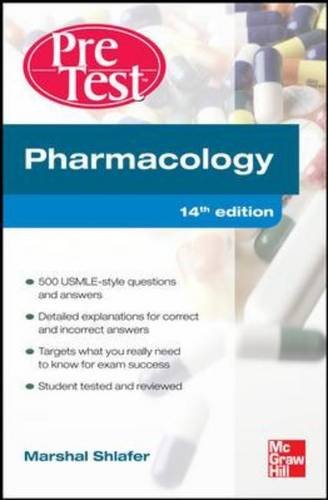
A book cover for Pharmacology PreTest Self-Assessment and Review 14/E; Marshal Shlafer; Medical Books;